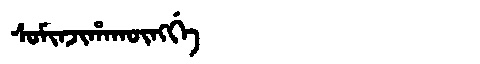
Manchu: ᠰᠣᠮᡳᠨᠵᡳᡥᠠᡴᡡᠩᡤᡝ
Romanization: SOMINJIHAKŪNGGE